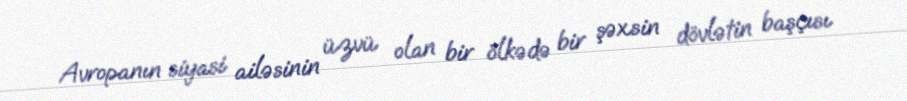
Avropanın siyasi ailəsinin üzvü olan bir ölkədə bir şəxsin dövlətin başçısı